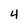
Character: 4